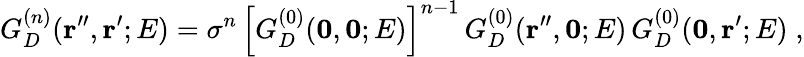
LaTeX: G_{D}^{(n)}({\mathbf r^{\prime\prime}},{\mathbf r^{\prime}};E)=\sigma^{n}\, \left[G_{D}^{(0)}({\mathbf 0},{\mathbf 0};E)\right]^{n-1}\, G_{D}^{(0)}({\mathbf r}^{\prime\prime},{\mathbf 0};E)\, G_{D}^{(0)}({\mathbf 0},{\mathbf r}^{\prime};E)\; ,